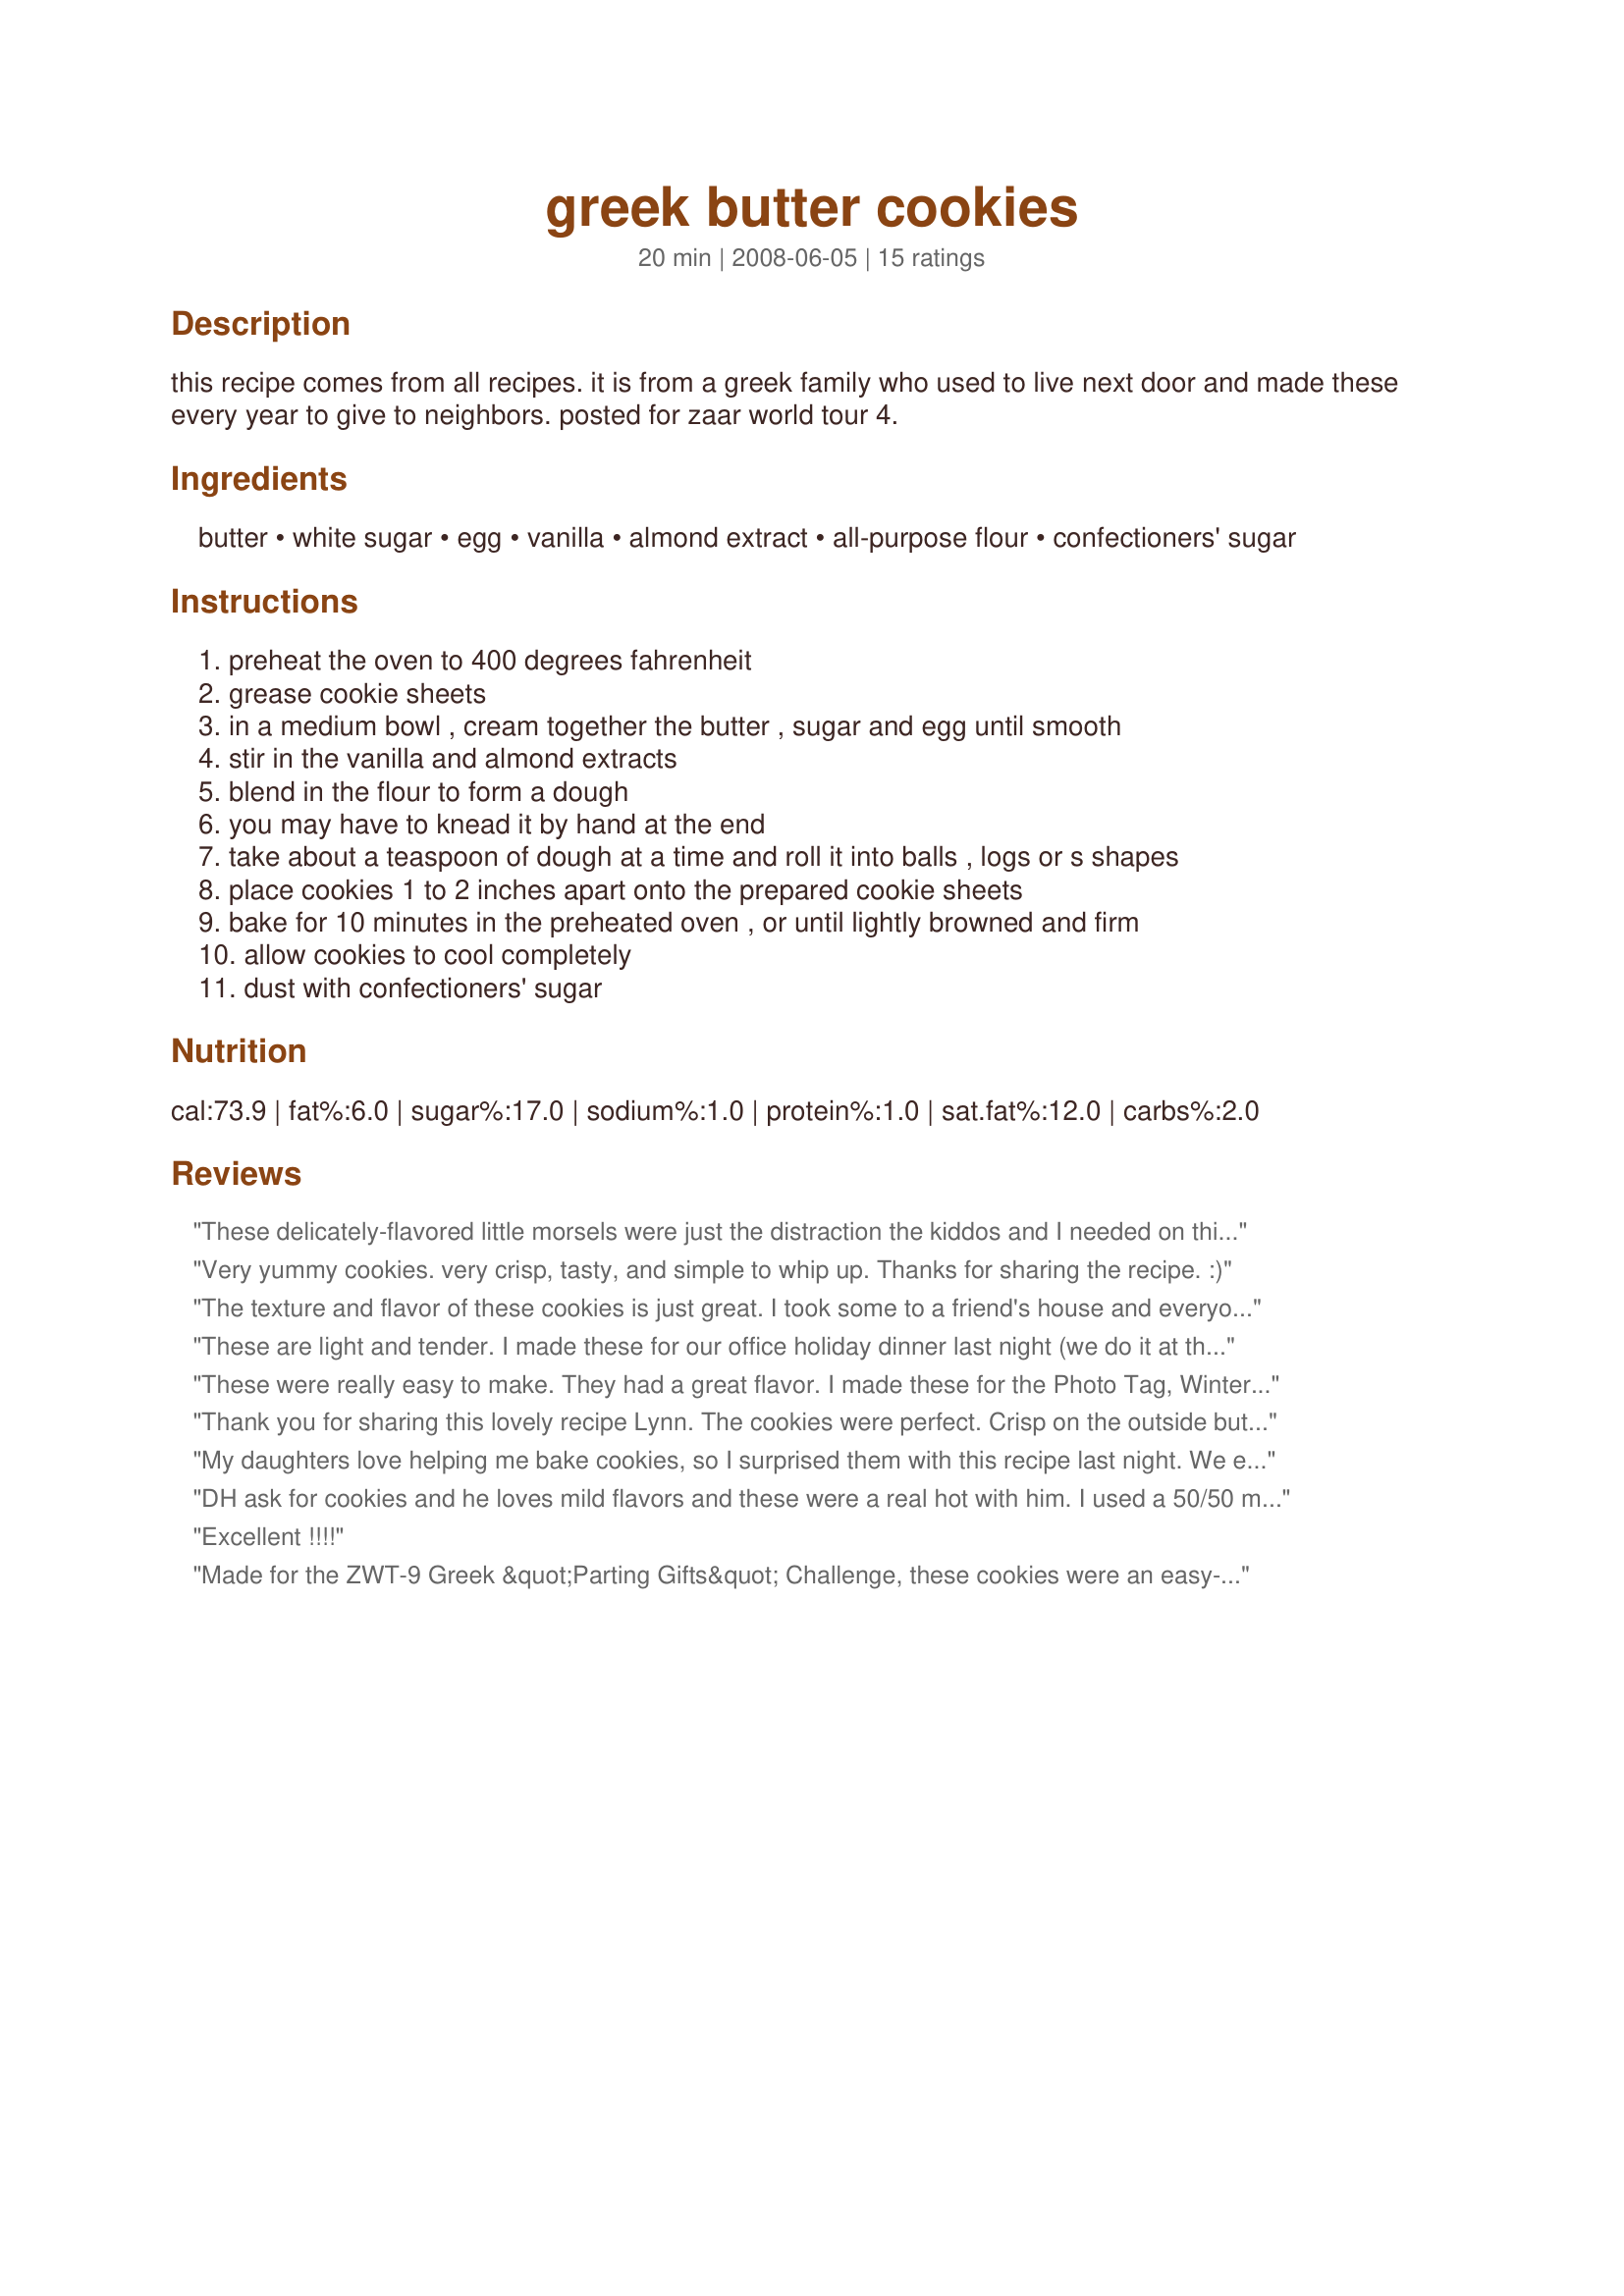
greek butter cookies
Preparation time: 20 minutes

this recipe comes from all recipes. it is from a greek family who used to live next door and made these every year to give to neighbors. posted for zaar world tour 4.

Ingredients:
butter, white sugar, egg, vanilla, almond extract, all-purpose flour, confectioners' sugar

Steps:
preheat the oven to 400 degrees fahrenheit
grease cookie sheets
in a medium bowl , cream together the butter , sugar and egg until smooth
stir in the vanilla and almond extracts
blend in the flour to form a dough
you may have to knead it by hand at the end
take about a teaspoon of dough at a time and roll it into balls , logs or s shapes
place cookies 1 to 2 inches apart onto the prepared cookie sheets
bake for 10 minutes in the preheated oven , or until lightly browned and firm
allow cookies to cool completely
dust with confectioners' sugar

Reviews:
These delicately-flavored little morsels were just the distraction the kiddos and I needed on this hot summer afternoon! We tried all of the shapes; I made the &quot;S&quot; cookies and they got a great kick out of rolling out &quot;worms&quot; LOL. I used white wheat flour and smart balance, and just to balance out the &quot;healthy&quot; we shook them in a bag of powdered sugar after they had cooled a bit ;). Thanks for posting! Made for ZWT 9, for the Gourmet Goddesses.
Very yummy cookies. very crisp, tasty, and simple to whip up. Thanks for sharing the recipe. :)
The texture and flavor of these cookies is just great. I took some to a friend's house and everyone loved them. Thank you for sharing! Made for Swizzle Chicks and ZWT6.
These are light and tender. I made these for our office holiday dinner last night (we do it at the boss's house every year between Christmas and New Years) and I was told in no uncertain terms that these would be repeated next year! Made as directed (in little balls) and they turned out great! Made for PRMR Tag December 2009!
These were really easy to make. They had a great flavor. I made these for the Photo Tag, Winter 2008.
Thank you for sharing this lovely recipe Lynn. The cookies were perfect. Crisp on the outside but light, tender and delicate on the inside. We loved them. Made for CQ3 - Greece
My daughters love helping me bake cookies, so I surprised them with this recipe last night. We enjoyed making these! They had a lovely delicate flavor with the just the right amount of sweetness. Made for the Tastebud Tickling Travellers during ZWT 4.
DH ask for cookies and he loves mild flavors and these were a real hot with him. I used a 50/50 mix of vanilla and coconut extracts. They are very tender, almost flaky, in texture and so easy to make up! I didn't roll them into balls but simply dropped them from the spoon and they turned out great. Here it is, the last day of June and we still have dark overcast and clouds threatening more rain so the pic didn't turn out so well but believe me, they are lovely cream colored cookies that will a great choice at any season.
Excellent !!!!
Made for the ZWT-9 Greek &quot;Parting Gifts&quot; Challenge, these cookies were an easy-fix taste treat. However, the texture is what gets your immediate attention. They were soft, delicate &amp; almost air-like, BUT yet sturdy enough to handle easily. I rolled mine into balls, but they flattened a bit to an almost dome-like shape. Perhaps my oven was cooking too hot ?? We loved them &amp; Thx for sharing the recipe w/us. :)
One word: Yummy! These were extremely easy to make. Will keep the recipe on hand for future use! Thank you!
We loved these! I will make these again and again! Made for ZWT6.
These worked out well for me, and I&#039;m not the greatest baker so that says a lot! Not too sweet, good texture, lovely little biscuits that are being enjoyed by all. Thank you Lynn, made and enjoyed for Family Picks, ZWT9, Pink Panthers
So quick and easy to make and they have a nice light/delicate flavor. I used my 1-inch cookie scoop and made cookies that were a little large so 1-2 is plenty for an afternoon treat. Made for ZWT-9 Parting Gifts Challenge.
they were cookies what'd you expect?
